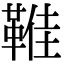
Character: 𩋔